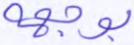
بوجهه